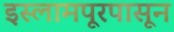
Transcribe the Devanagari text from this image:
इस्लामपूरपासून